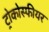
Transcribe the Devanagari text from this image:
ट्रोकोस्फीयर